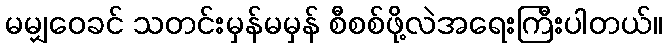
မမျှဝေခင် သတင်းမှန်မမှန် စီစစ်ဖို့လဲအရေးကြီးပါတယ်။